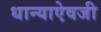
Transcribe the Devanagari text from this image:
धान्याऐवजी